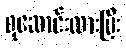
စုဆောင်းထားပြီး